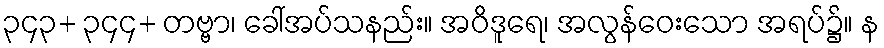
၃၄၃+ ၃၄၄+ တဗ္ဗာ၊ ခေါ်အပ်သနည်း။ အဝိဒူရေ၊ အလွန်ဝေးသော အရပ်၌။ န